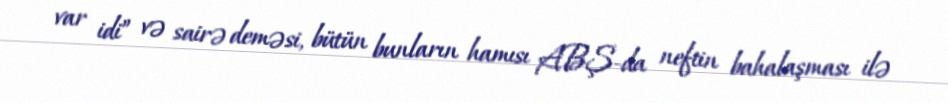
var idi” və sairə deməsi, bütün bunların hamısı ABŞ-da neftin bahalaşması ilə